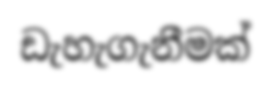
ඩැහැගැනීමක්